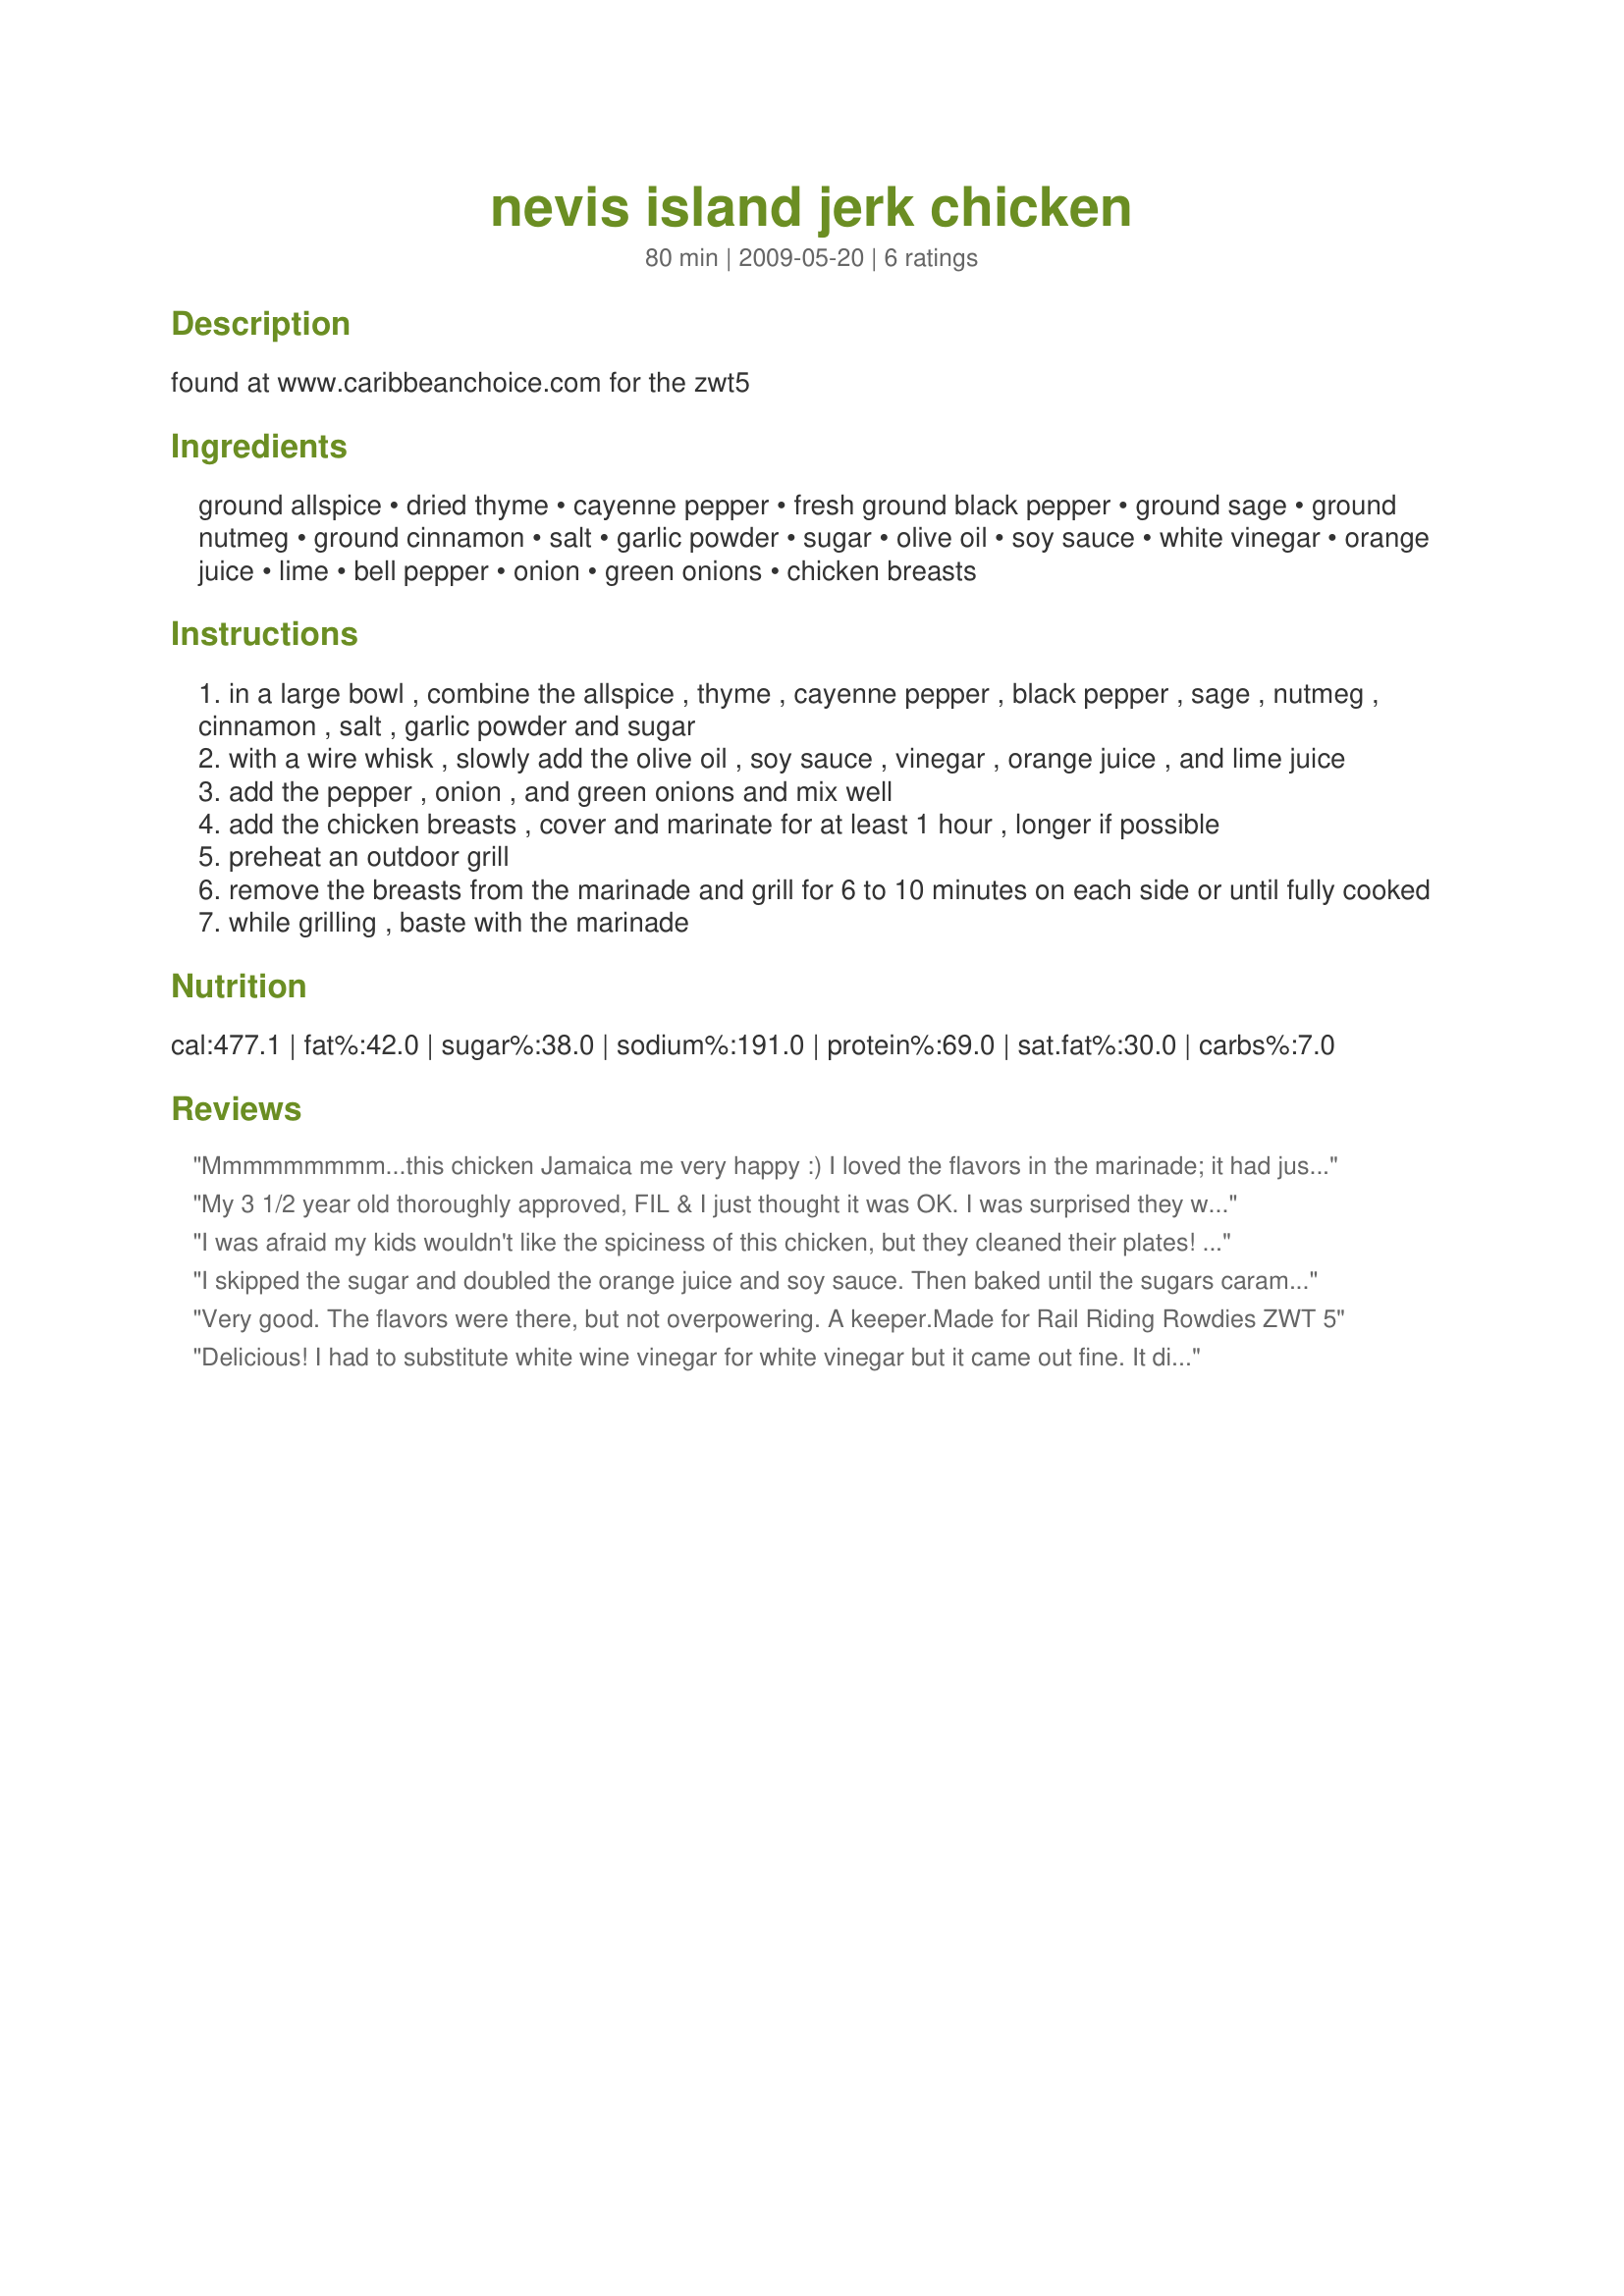
nevis island jerk chicken
Preparation time: 80 minutes

found at www.caribbeanchoice.com for the zwt5

Ingredients:
ground allspice, dried thyme, cayenne pepper, fresh ground black pepper, ground sage, ground nutmeg, ground cinnamon, salt, garlic powder, sugar, olive oil, soy sauce, white vinegar, orange juice, lime, bell pepper, onion, green onions, chicken breasts

Steps:
in a large bowl , combine the allspice , thyme , cayenne pepper , black pepper , sage , nutmeg , cinnamon , salt , garlic powder and sugar
with a wire whisk , slowly add the olive oil , soy sauce , vinegar , orange juice , and lime juice
add the pepper , onion , and green onions and mix well
add the chicken breasts , cover and marinate for at least 1 hour , longer if possible
preheat an outdoor grill
remove the breasts from the marinade and grill for 6 to 10 minutes on each side or until fully cooked
while grilling , baste with the marinade

Reviews:
Mmmmmmmmm...this chicken Jamaica me very happy :) I loved the flavors in the marinade; it had just the right amount of kick to it. I will be keeping this recipe close by for cookouts this summer. I served this chicken with Recipe #373354 and Recipe #373072. Thanks for this yummy recipe, SueVM. Made for ZWT5. Update: This recipe is in my Top Favorites of 2009 Cookbook.
My 3 1/2 year old thoroughly approved, FIL & I just thought it was OK. I was surprised they weren't hotter.
I was afraid my kids wouldn't like the spiciness of this chicken, but they cleaned their plates! I used fresh garlic because I didn't have powder. Also, I added the cayenne only to the adult's half of the chicken. To cook the chicken, I first browned it in a cast iron skillet, then I put the skillet in the oven to finish cooking and poured about half the marinade on top. The marinade was a little salty, so I wont add as much salt next time. I liked this cooking method because the onions and bell pepper served as a garnish. Served it with Recipe #373001 and steamed broccoli. Thank you Sue! Made for ZWT5 & Dining Daredevils.
I skipped the sugar and doubled the orange juice and soy sauce. Then baked until the sugars caramelized. I used boneless chicken thighs and added sliced green and yellow peppers to cook with the chicken. Very delicious Sauce and chicken. This is a nice mild jerk recipe. Made for ZWT 5.
Very good. The flavors were there, but not overpowering. A keeper.Made for Rail Riding Rowdies ZWT 5
Delicious! I had to substitute white wine vinegar for white vinegar but it came out fine. It didn't seem spicy at all to me. Served with with baked plantains and a tropical fruit salad.
